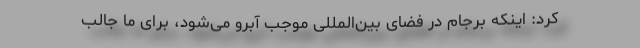
کرد: اینکه برجام در فضای بین‌المللی موجب آبرو می‌شود، برای ما جالب